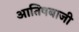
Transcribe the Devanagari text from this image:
आतिषबाजी